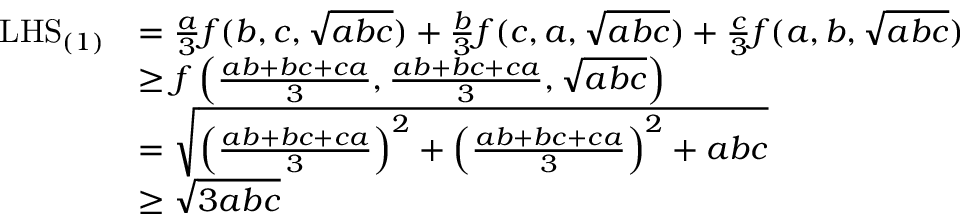
\begin{array} { r l } { \mathrm { L H S } _ { ( 1 ) } } & { = \frac { a } { 3 } f ( b , c , \sqrt { a b c } ) + \frac { b } { 3 } f ( c , a , \sqrt { a b c } ) + \frac { c } { 3 } f ( a , b , \sqrt { a b c } ) } \\ & { \ge f \left( \frac { a b + b c + c a } { 3 } , \frac { a b + b c + c a } { 3 } , \sqrt { a b c } \right) } \\ & { = \sqrt { \left( \frac { a b + b c + c a } { 3 } \right) ^ { 2 } + \left( \frac { a b + b c + c a } { 3 } \right) ^ { 2 } + a b c } } \\ & { \ge \sqrt { 3 a b c } } \end{array}